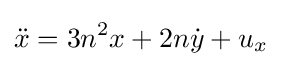
{\ddot {x}}=3n^{2}x+2n{\dot {y}}+u_{x}